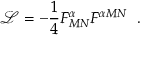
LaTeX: \mathcal { L } = - \frac { 1 } { 4 } F _ { M N } ^ { \alpha } F ^ { \alpha M N } ~ ~ .